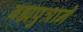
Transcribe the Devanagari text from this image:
ब्रह्मपुत्राने